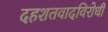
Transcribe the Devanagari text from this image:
दहशतवादविरोधी